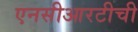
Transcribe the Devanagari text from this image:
एनसीआरटीची